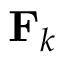
\mathbf { F } _ { k }